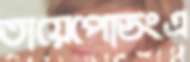
তায়েপোডংএ